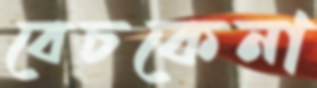
বেচকেনা